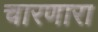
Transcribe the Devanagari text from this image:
चारणारा